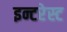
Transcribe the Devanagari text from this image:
इन्टरेस्ट